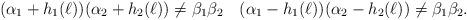
LaTeX: \begin{align*} (\alpha_1 + h_1(\ell)) (\alpha_2 + h_2(\ell)) \ne \beta_1 \beta_2 \quad (\alpha_1 - h_1(\ell)) (\alpha_2 - h_2(\ell)) \ne \beta_1 \beta_2.\end{align*}